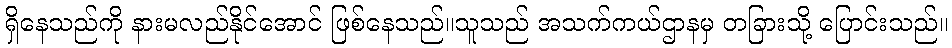
ရှိနေသည်ကို နားမလည်နိုင်အောင် ဖြစ်နေသည်။သူသည် အသက်ကယ်ဌာနမှ တခြားသို့ ပြောင်းသည်။